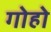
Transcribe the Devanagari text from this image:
गोहो